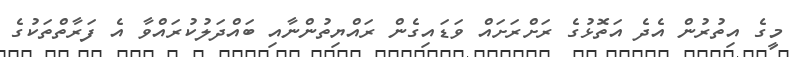
މީގެ އިތުރުން އެދެ އަތޮޅުގެ ރަށްރަށައް ވަޑައިގެން ރައްޔިތުންނާއި ބައްދަލުކުރައްވާ އެ ފަރާތްތަކުގެ